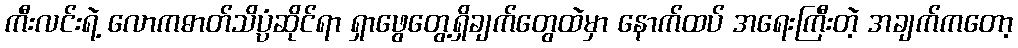
ကီးလင်းရဲ့ လောကဓာတ်သိပ္ပံဆိုင်ရာ ရှာဖွေတွေ့ရှိချက်တွေထဲမှာ နောက်ထပ် အရေးကြီးတဲ့ အချက်ကတော့